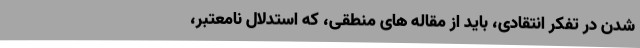
شدن در تفکر انتقادی، باید از مقاله های منطقی، که استدلال نامعتبر،